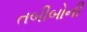
તબીબોની